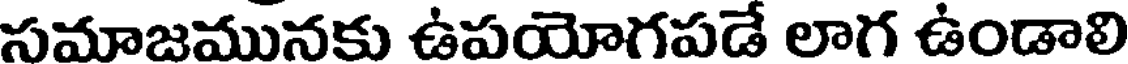
సమాజమునకు ఉపయోగపడే లాగ ఉండాలి